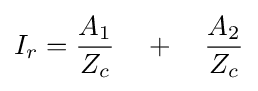
I_{r}={\frac {A_{1}}{Z_{c}}}\quad +\quad {\frac {A_{2}}{Z_{c}}}